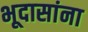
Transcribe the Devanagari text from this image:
भूदासांना